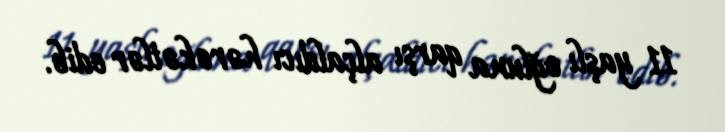
11 yaşlı oğluna qarşı alçaldıcı hərəkətlər edib.